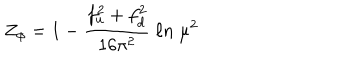
LaTeX: Z _ { \phi } = 1 - { \frac { f _ { u } ^ { 2 } + f _ { d } ^ { 2 } } { 1 6 \pi ^ { 2 } } } \ \ell n \ \mu ^ { 2 }